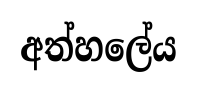
අත්හලේය